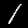
Label: 1